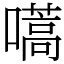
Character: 嚆